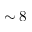
\sim 8